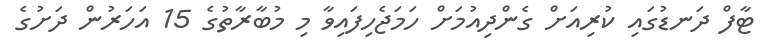
ޓާފް ދަނޑުގައި ކުރިއަށް ގެންދިއުމަށް ހަމަޖެހިފައިވާ މި މުބާރާތުގެ 15 އަހަރުން ދަށުގެ